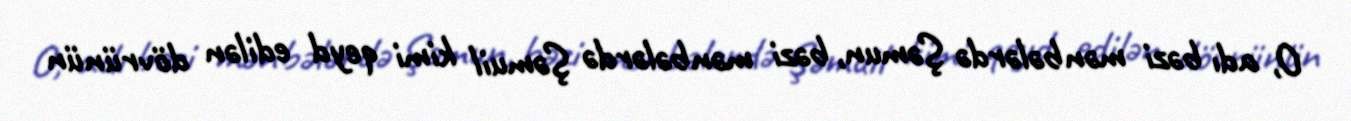
O, adı bəzi mənbələrdə Şəmun, bəzi mənbələrdə Şəmuil kimi qeyd edilən dövrünün